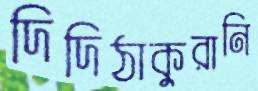
দিদিঠাকুরানি